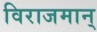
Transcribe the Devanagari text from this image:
विराजमान्‌